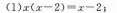
(1)$$x(x-2)=x-2$$；